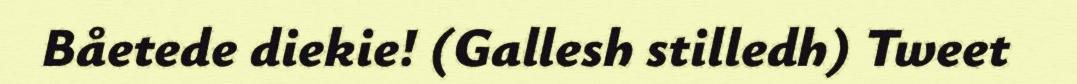
Båetede diekie! (Gallesh stilledh) Tweet